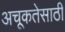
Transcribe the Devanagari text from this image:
अचूकतेसाठी